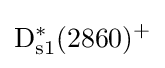
{\rm {D_{s1}^{*}(2860)^{+}}}